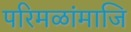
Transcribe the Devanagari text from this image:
परिमळांमाजि